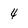
Character: 4